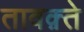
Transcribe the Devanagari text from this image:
तावक़्ते